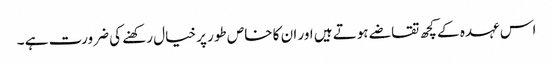
اس عہدہ کے کچھ تقاضے ہوتے ہیں اور ان کا خاص طور پر خیال رکھنے کی ضرورت ہے ۔